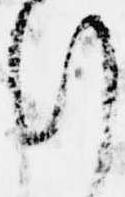
行